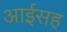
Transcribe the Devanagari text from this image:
आईसह